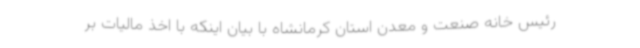
رئیس خانه صنعت و معدن استان کرمانشاه با بیان اینکه با اخذ مالیات بر